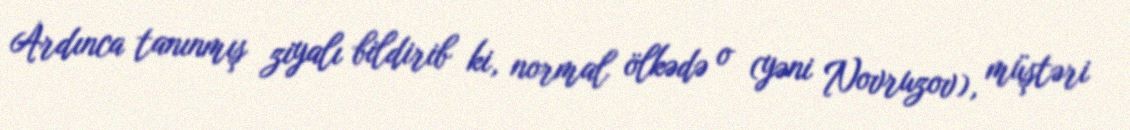
Ardınca tanınmış ziyalı bildirib ki, normal ölkədə o (yəni Novruzov), müştəri